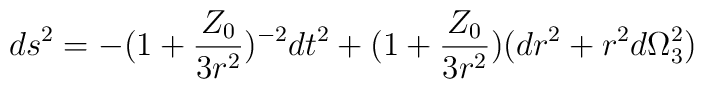
ds^2=-(1+\frac{Z_0}{3r^2})^{-2}dt^2+(1+\frac{Z_0}{3r^2})(dr^2+r^2d\Omega_3^2)